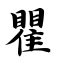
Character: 瞿